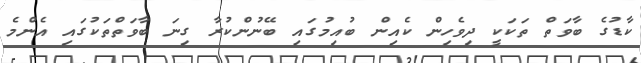
ކާޑުގެ ބާވަތް ތަކަކީ ދިވެހިން ކެއިން ބުއިމުގައި ބޭނުންކުރާ ގިނަ ބާވަތްތަކުގައި އެންްމެ